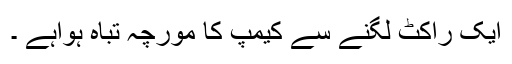
ایک راکٹ لگنے سے کیمپ کا مورچہ تباہ ہواہے ۔